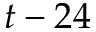
t - 2 4